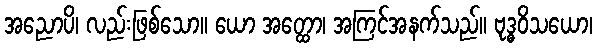
အညောပိ၊ လည်းဖြစ်သော။ ယော အတ္ထော၊ အကြင်အနက်သည်။ ဗုဒ္ဓဝိသယော၊